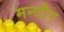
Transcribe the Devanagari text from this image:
मन्दौर